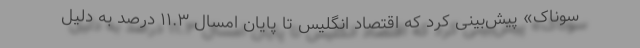
سوناک» پیش‌بینی کرد که اقتصاد انگلیس تا پایان امسال ۱۱.۳ درصد به دلیل